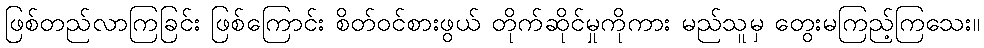
ဖြစ်တည်လာကြခြင်း ဖြစ်ကြောင်း စိတ်ဝင်စားဖွယ် တိုက်ဆိုင်မှုကိုကား မည်သူမှ တွေးမကြည့်ကြသေး။